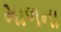
માળના